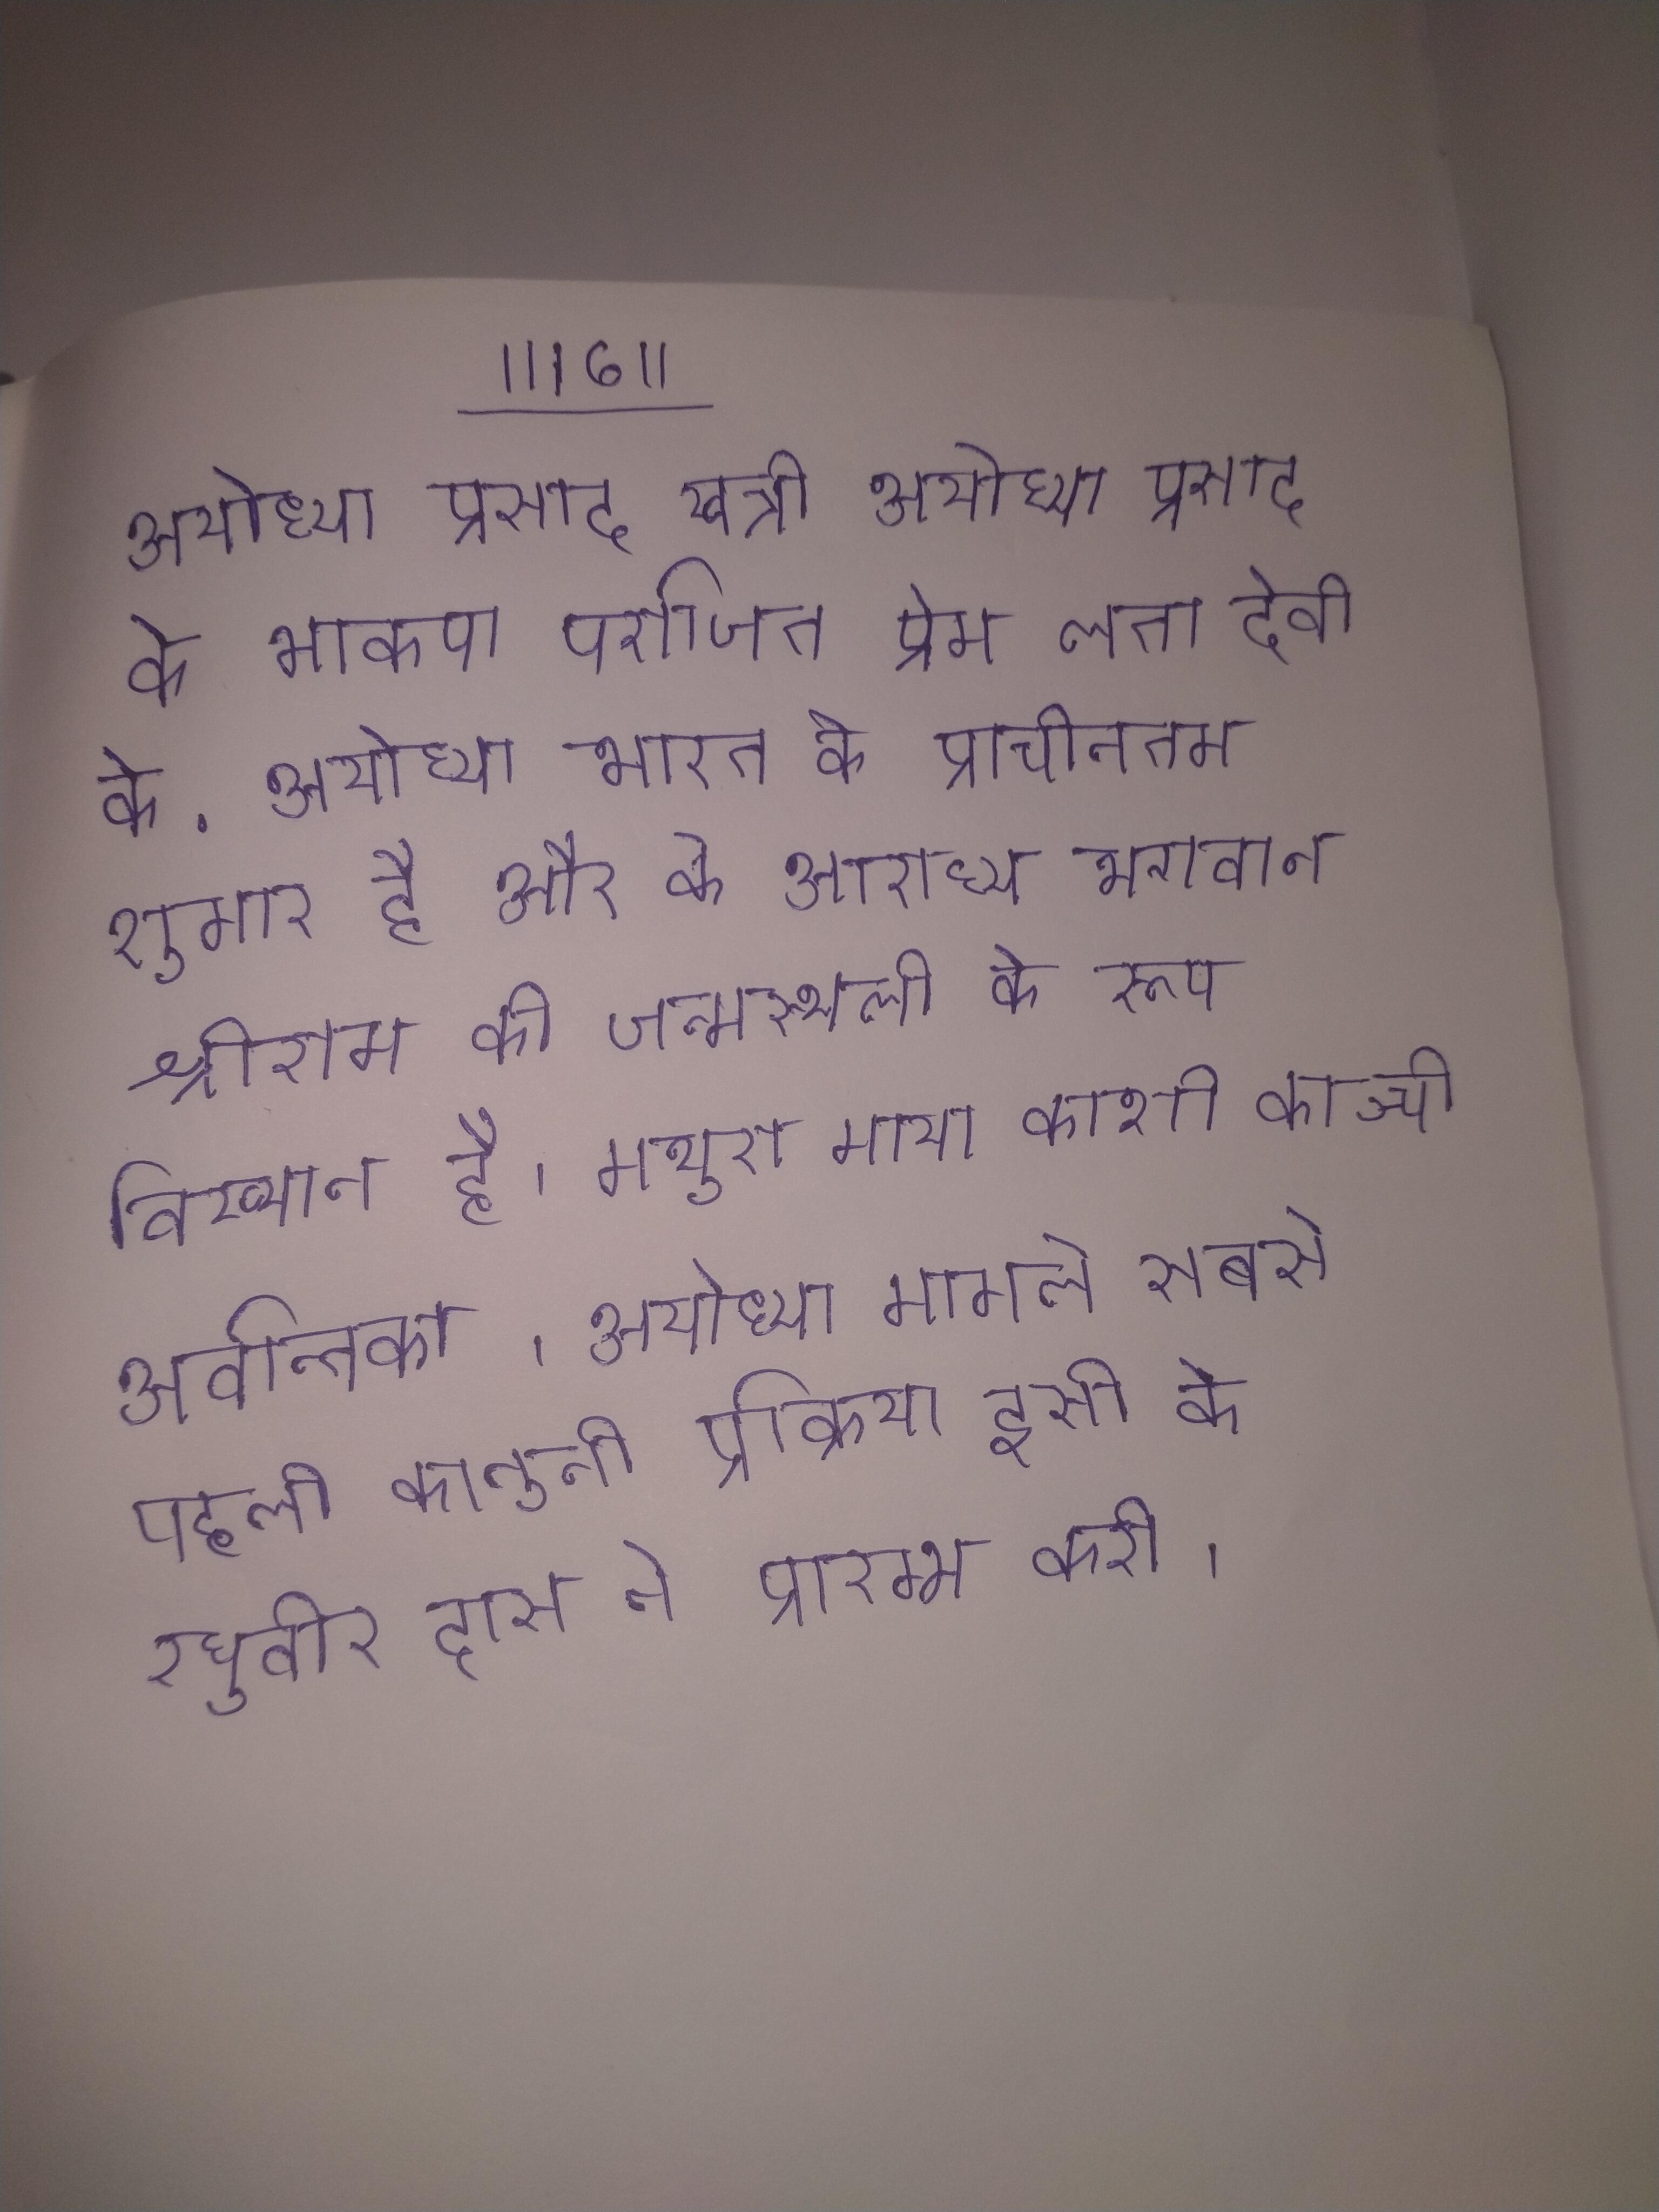
अयोध्या प्रसाद खत्री अयोध्या प्रसाद के भाकपा पराजित प्रेम लता देवी के . अयोध्या भारत के प्राचीनतम शुमार है और के आराध्य भगवान श्रीराम की जन्मस्थली के रूप विख्यात है । मथुरा माया काशी काञ्ची अवन्तिका । अयोध्या मामले सबसे पहली कानूनी प्रक्रिया इसी के रघुवीर दास ने प्रारम्भ करी ।